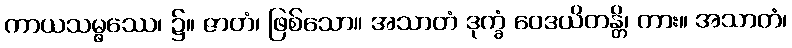
ကာယသမ္ဖဿေ၊ ၌။ ဇာတံ၊ ဖြစ်သော။ အသာတံ ဒုက္ခံ ဝေဒယိတန္တိ၊ ကား။ အသာတံ၊